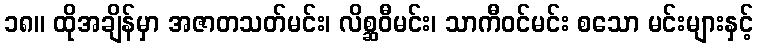
၁၈။ ထိုအချိန်မှာ အဇာတသတ်မင်း၊ လိစ္ဆဝီမင်း၊ သာကီဝင်မင်း စသော မင်းများနှင့်